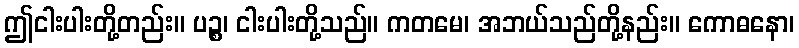
ဤငါးပါးတို့တည်း။ ပဉ္စ၊ ငါးပါးတို့သည်။ ကတမေ၊ အဘယ်သည်တို့နည်း။ ကောဓနော၊